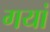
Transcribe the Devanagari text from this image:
गयां